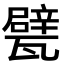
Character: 甓